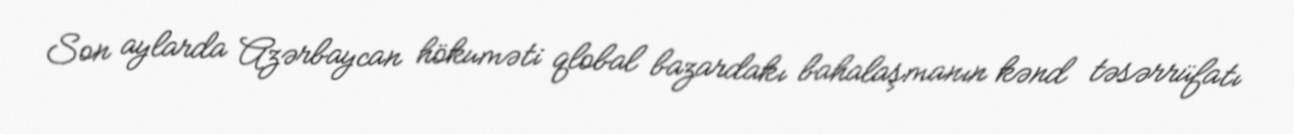
Son aylarda Azərbaycan hökuməti qlobal bazardakı bahalaşmanın kənd təsərrüfatı